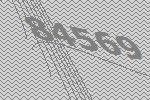
84569